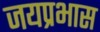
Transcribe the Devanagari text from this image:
जयप्रभास